Lock hospitals Punjab
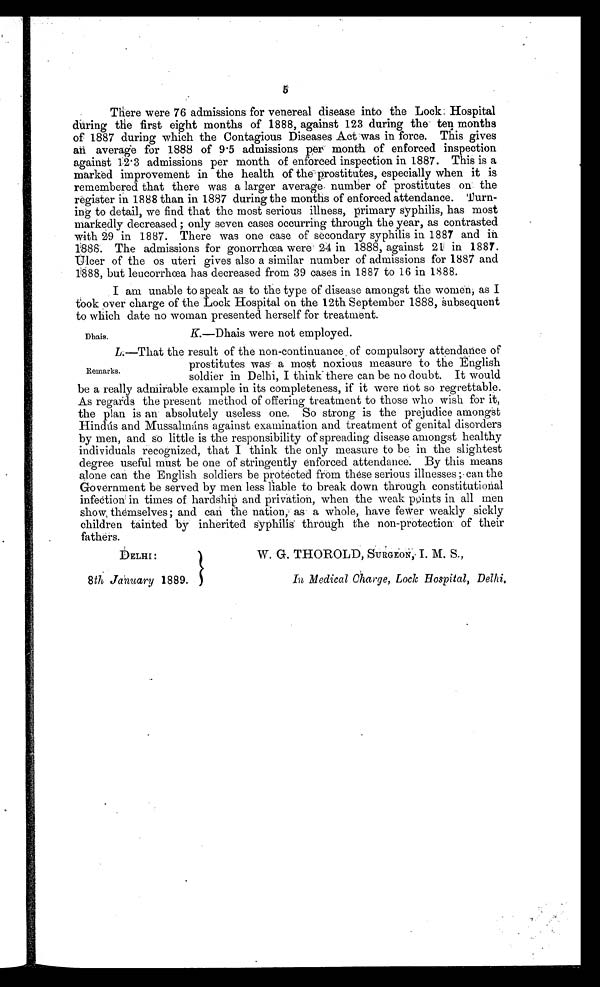
There were 76 admissions for venereal disease into the Lock: Hospital
during the first eight months of 1888, against 123 during the ten months
of 1887 during which the Contagious Diseases Act was in force. This gives
an average for 1888 of 9.5 admissions per month of enforced inspection
against 12.3 admissions per month of enforced inspection in 1887. This is a
marked improvement in the health of the prostitutes, especially when it is
remembered that there was a larger average number of prostitutes on the
register in 1888 than in 1887 during the months of enforced attendance. Turn-
ing to detail, we find that the most serious illness, primary syphilis, has most
markedly decreased ; only seven cases occurring through the year, as contrasted
with 29 in 1887. There was one case of secondary syphilis in 1887 and it
1888. The admissions for gonorrhœa were 24 in 1888, against 21 in 1887.
Ulcer of the os uteri gives also a similar number of admissions for 1887 and
1888, but leueorrhœa has decreased from 39 cases in 1887 to 16 in 1888.
I am unable to speak as to the type of disease amongst the women, as I
took over charge of the Lock Hospital on the 12th September 1888, subsequent
to which date no woman presented herself for treatment.
K.—Dhais were not employed.
L.—That the result of the non-continuance of compulsory attendance of
prostitutes was a most noxious measure to the English
soldier in Delhi, I think there can be no doubt. It Would
be a really admirable example in its completeness, if it were hot so regrettable.
As regards the present method of offering treatment to those who wish for it,
the plan is an absolutely useless one. So strong is the prejudice amongst
Hindús and Mussalmáns against examination and treatment of genital disorders
by men, and so little is the responsibility of spreading disease amongst healthy
individuals recognized, that I think the only measure to be in the slightest
degree useful must be one of stringently enforced attendance. By this means
alone can the English soldiers be protected from these serious illnesses ; can the
Government be served by men less liable to break down through constitutional
infection in times of hardship and privation, When the weak points in all men
show, themselves; and can the nation, as a whole, have fewer weakly sickly
children tainted by inherited syphilis through the non-protection of their
fathers.
Dhais.
Remarks.
DELHI :
8th January 1889.
W. G. THOROLD, SURGEON, I. M. S.,
In Medical Charge, Lock Hospital, Delhi,